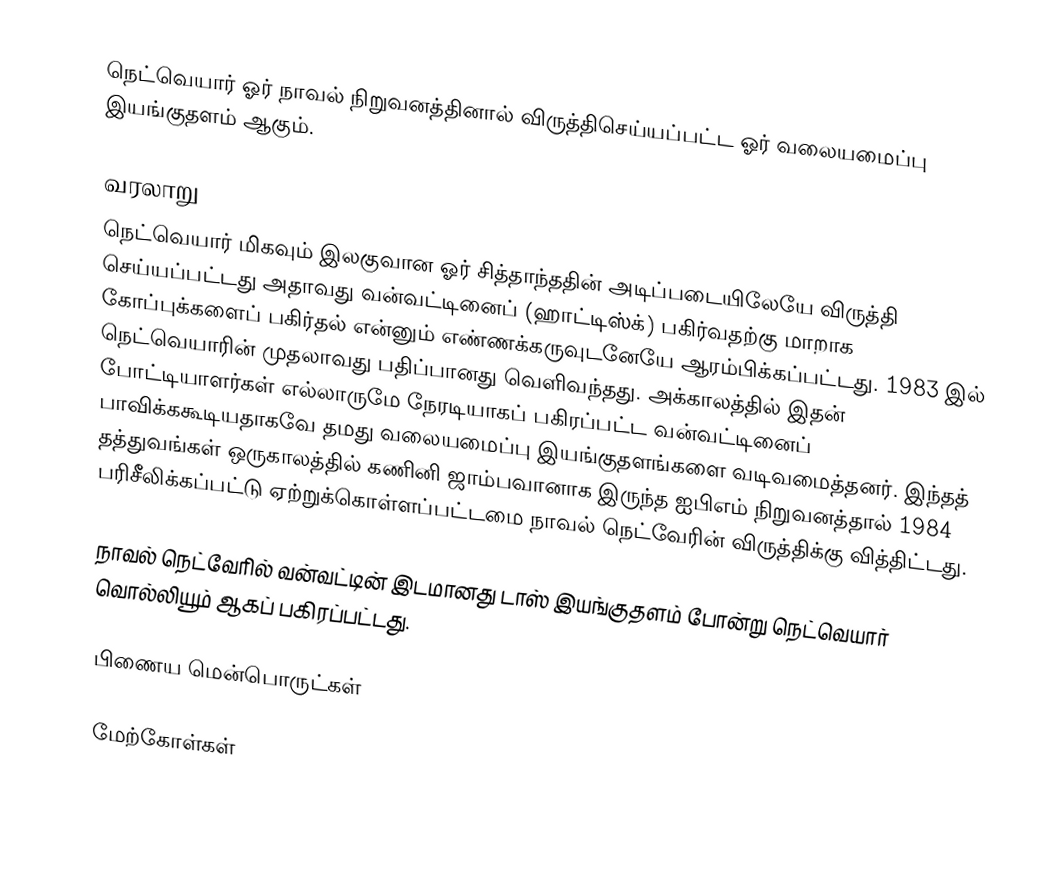
நெட்வெயார் ஓர் நாவல் நிறுவனத்தினால் விருத்திசெய்யப்பட்ட ஓர் வலையமைப்பு இயங்குதளம் ஆகும்.

வரலாறு
நெட்வெயார் மிகவும் இலகுவான ஓர் சித்தாந்ததின் அடிப்படையிலேயே விருத்தி செய்யப்பட்டது அதாவது வன்வட்டினைப் (ஹாட்டிஸ்க்) பகிர்வதற்கு மாறாக கோப்புக்களைப் பகிர்தல் என்னும் எண்ணக்கருவுடனேயே ஆரம்பிக்கப்பட்டது. 1983 இல் நெட்வெயாரின் முதலாவது பதிப்பானது வெளிவந்தது. அக்காலத்தில் இதன் போட்டியாளர்கள் எல்லாருமே நேரடியாகப் பகிரப்பட்ட வன்வட்டினைப் பாவிக்ககூடியதாகவே தமது வலையமைப்பு இயங்குதளங்களை வடிவமைத்தனர். இந்தத் தத்துவங்கள் ஒருகாலத்தில் கணினி ஜாம்பவானாக இருந்த ஐபிஎம் நிறுவனத்தால் 1984 பரிசீலிக்கப்பட்டு ஏற்றுக்கொள்ளப்பட்டமை நாவல் நெட்வேரின் விருத்திக்கு வித்திட்டது.

நாவல் நெட்வேரில் வன்வட்டின் இடமானது டாஸ் இயங்குதளம் போன்று நெட்வெயார் வொல்லியூம் ஆகப் பகிரப்பட்டது.

பிணைய மென்பொருட்கள்

மேற்கோள்கள்